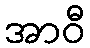
အာဝီ